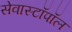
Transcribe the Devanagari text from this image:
सेवास्टॉपॉल